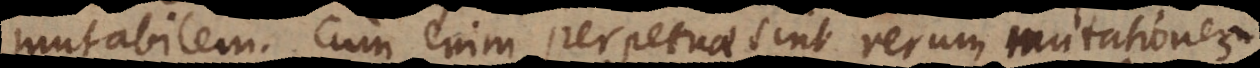
mutabilem. Cum enim perpetuae sint rerum mutationes,